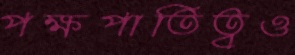
পক্ষপাতিত্বও